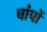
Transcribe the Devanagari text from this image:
चांपों